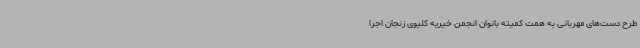
طرح دست‌های مهربانی به همت کمیته بانوان انجمن خیریه کلیوی زنجان اجرا